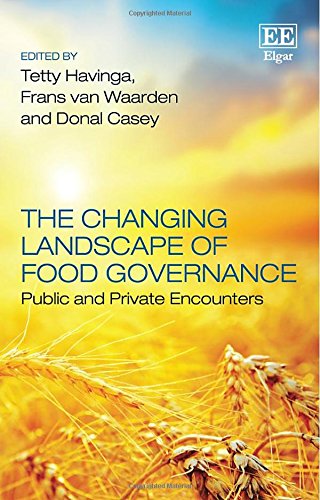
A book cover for The Changing Landscape of Food Governance: Public and Private Encounters; Tetty Havinga; Law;